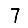
Digit: 7